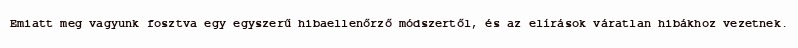
Emiatt meg vagyunk fosztva egy egyszerű hibaellenőrző módszertől, és az elírások váratlan hibákhoz vezetnek.